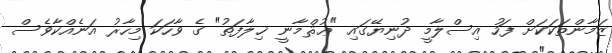
ޒަމާންތަކަކަށް ފަހު އިސްލާމީ ދުނިޔޭގައި "ޢުޘްމާނީ ޚިލާފަތު" ގެ ވާހަކަ މިހާރު އަނެއްކާވެސް